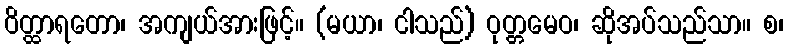
ဝိတ္ထာရတော၊ အကျယ်အားဖြင့်။ (မယာ၊ ငါသည်) ဝုတ္တမေဝ၊ ဆိုအပ်သည်သာ။ စ၊